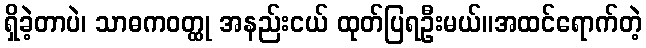
ရှိခဲ့တာပဲ၊ သာဓကဝတ္ထု အနည်းငယ် ထုတ်ပြရဦးမယ်။အထင်ရောက်တဲ့